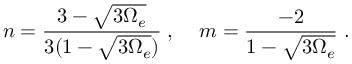
n = \frac { 3 - \sqrt { 3 \Omega _ { e } } } { 3 ( 1 - \sqrt { 3 \Omega _ { e } } ) } \; , \; \; \; \; m = \frac { - 2 } { 1 - \sqrt { 3 \Omega _ { e } } } \; .